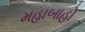
મહાબાહો